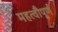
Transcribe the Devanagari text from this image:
महत्वौपूर्ण